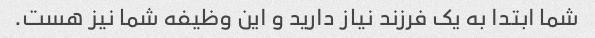
شما ابتدا به یک فرزند نیاز دارید و این وظیفه شما نیز هست.